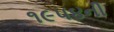
૧૯૫૪ની